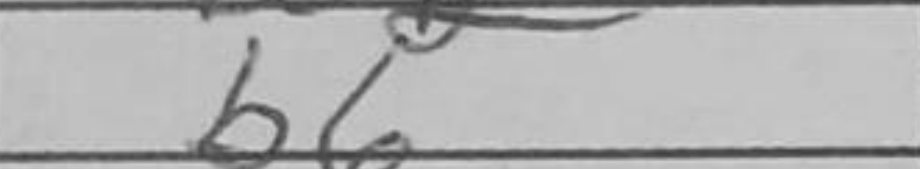
Transcription: b6